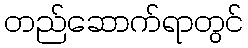
တည်ဆောက်ရာတွင်